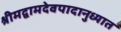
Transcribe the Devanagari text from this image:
श्रीमद्वामदेवपादानुध्यात